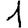
Digit: 1